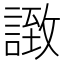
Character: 𧩼